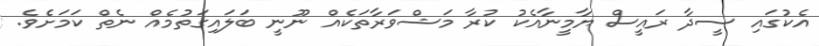
އެކުގައި ސީދާ ރައީސް ޔާމީނާއެކު ކުރާ މަޝްވަރާތަކެއް ނޫނީ ބަލައިގަތުމެއް ނެތް ކަމަށެވެ.